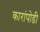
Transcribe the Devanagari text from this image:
कारांपोडी